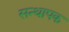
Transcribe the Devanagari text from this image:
सन्थापक